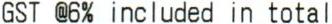
GST @6% INCLUDED IN TOTAL